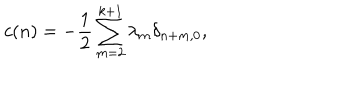
LaTeX: c ( n ) = - { \frac { 1 } { 2 } } \sum _ { m = 2 } ^ { k + 1 } \lambda _ { m } \delta _ { n + m , 0 } ,